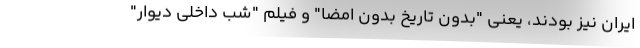
ایران نیز بودند، یعنی "بدون تاریخ بدون امضا" و فیلم "شب داخلی دیوار"